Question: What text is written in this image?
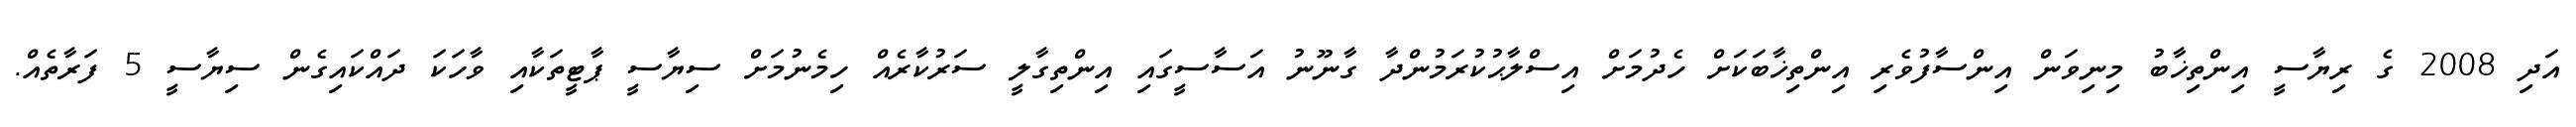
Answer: އަދި 2008 ގެ ރިޔާސީ އިންތިޚާބު މިނިވަން އިންސާފުވެރި އިންތިޚާބަކަށް ހެދުމަށް އިސްލާޙުކުރަމުންދާ ގާނޫނު އަސާސީގައި އިންތިގާލީ ސަރުކާރެއް ހިމެނުމަށް ސިޔާސީ ޕާޓީތަކާއި ވާހަކަ ދައްކައިގެން ސިޔާސީ 5 ފަރާތެއް.